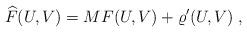
LaTeX: \begin{align*} \widehat F(U,V) = MF(U,V) + \varrho'(U,V)\;,\end{align*}